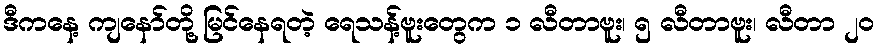
ဒီကနေ့ ကျနော်တို့ မြင်နေရတဲ့ ရေသန့်ဗူးတွေက ၁ လီတာဗူး၊ ၅ လီတာဗူး၊ လီတာ ၂၀